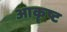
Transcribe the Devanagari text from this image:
आकॄष्ट